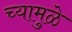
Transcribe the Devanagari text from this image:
च्यामुळे